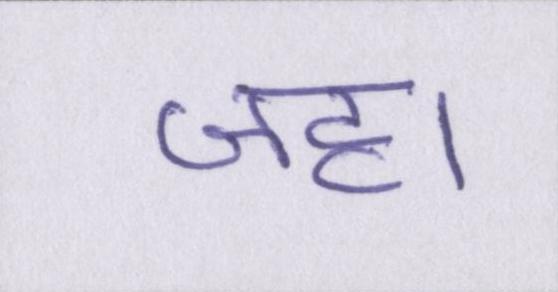
जहा